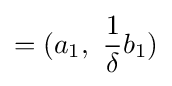
=(a_{1},\ {\frac {1}{\delta }}b_{1})